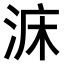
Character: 𣵄